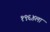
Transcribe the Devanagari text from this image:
१९६४ला